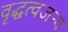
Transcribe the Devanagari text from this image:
वृद्धत्वजन्य